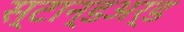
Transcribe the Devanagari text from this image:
स्टान्डअर्ड